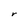
Character: r